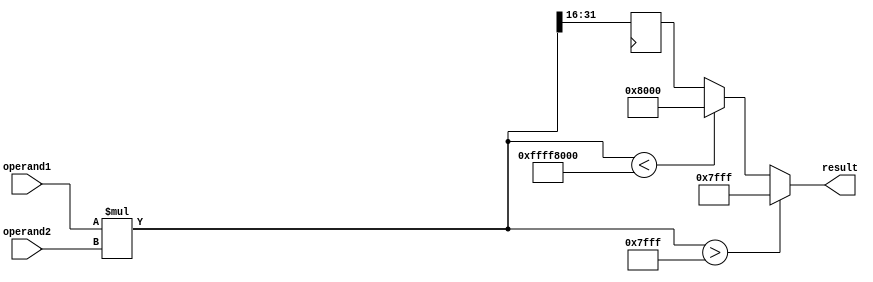
module fixed_point_multiplier(
    input signed [15:0] operand1,
    input signed [15:0] operand2,
    output reg signed [15:0] result
);

reg [31:0] product;
reg [15:0] result_pipe;

always @ (operand1 or operand2) begin
    product <= operand1 * operand2;
end

always @ (posedge clk) begin
    result_pipe <= product >> 16; 
end

always @ (*) begin
    // handle overflow and saturation
    if(product > 32767) begin
        result <= 32767;
    end else if(product < -32768) begin
        result <= -32768;
    end else begin
        result <= result_pipe;
    end
end

endmodule